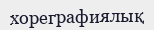
хореграфиялық